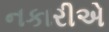
નકારીએ